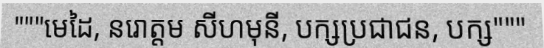
"""មេដៃ, នរោត្តម សីហមុនី, បក្សប្រជាជន, បក្ស"""